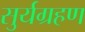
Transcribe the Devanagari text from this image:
सुर्यग्रहण